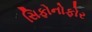
સિફોનોફોર